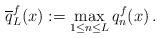
LaTeX: \begin{align*} \overline{q}^{f}_L(x) := \max_{1\le n \le L} q_n^{f}(x) \,.\end{align*}